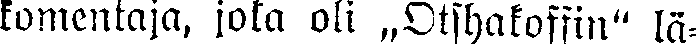
komentaja, jota oli „Otshakoffin" lä-